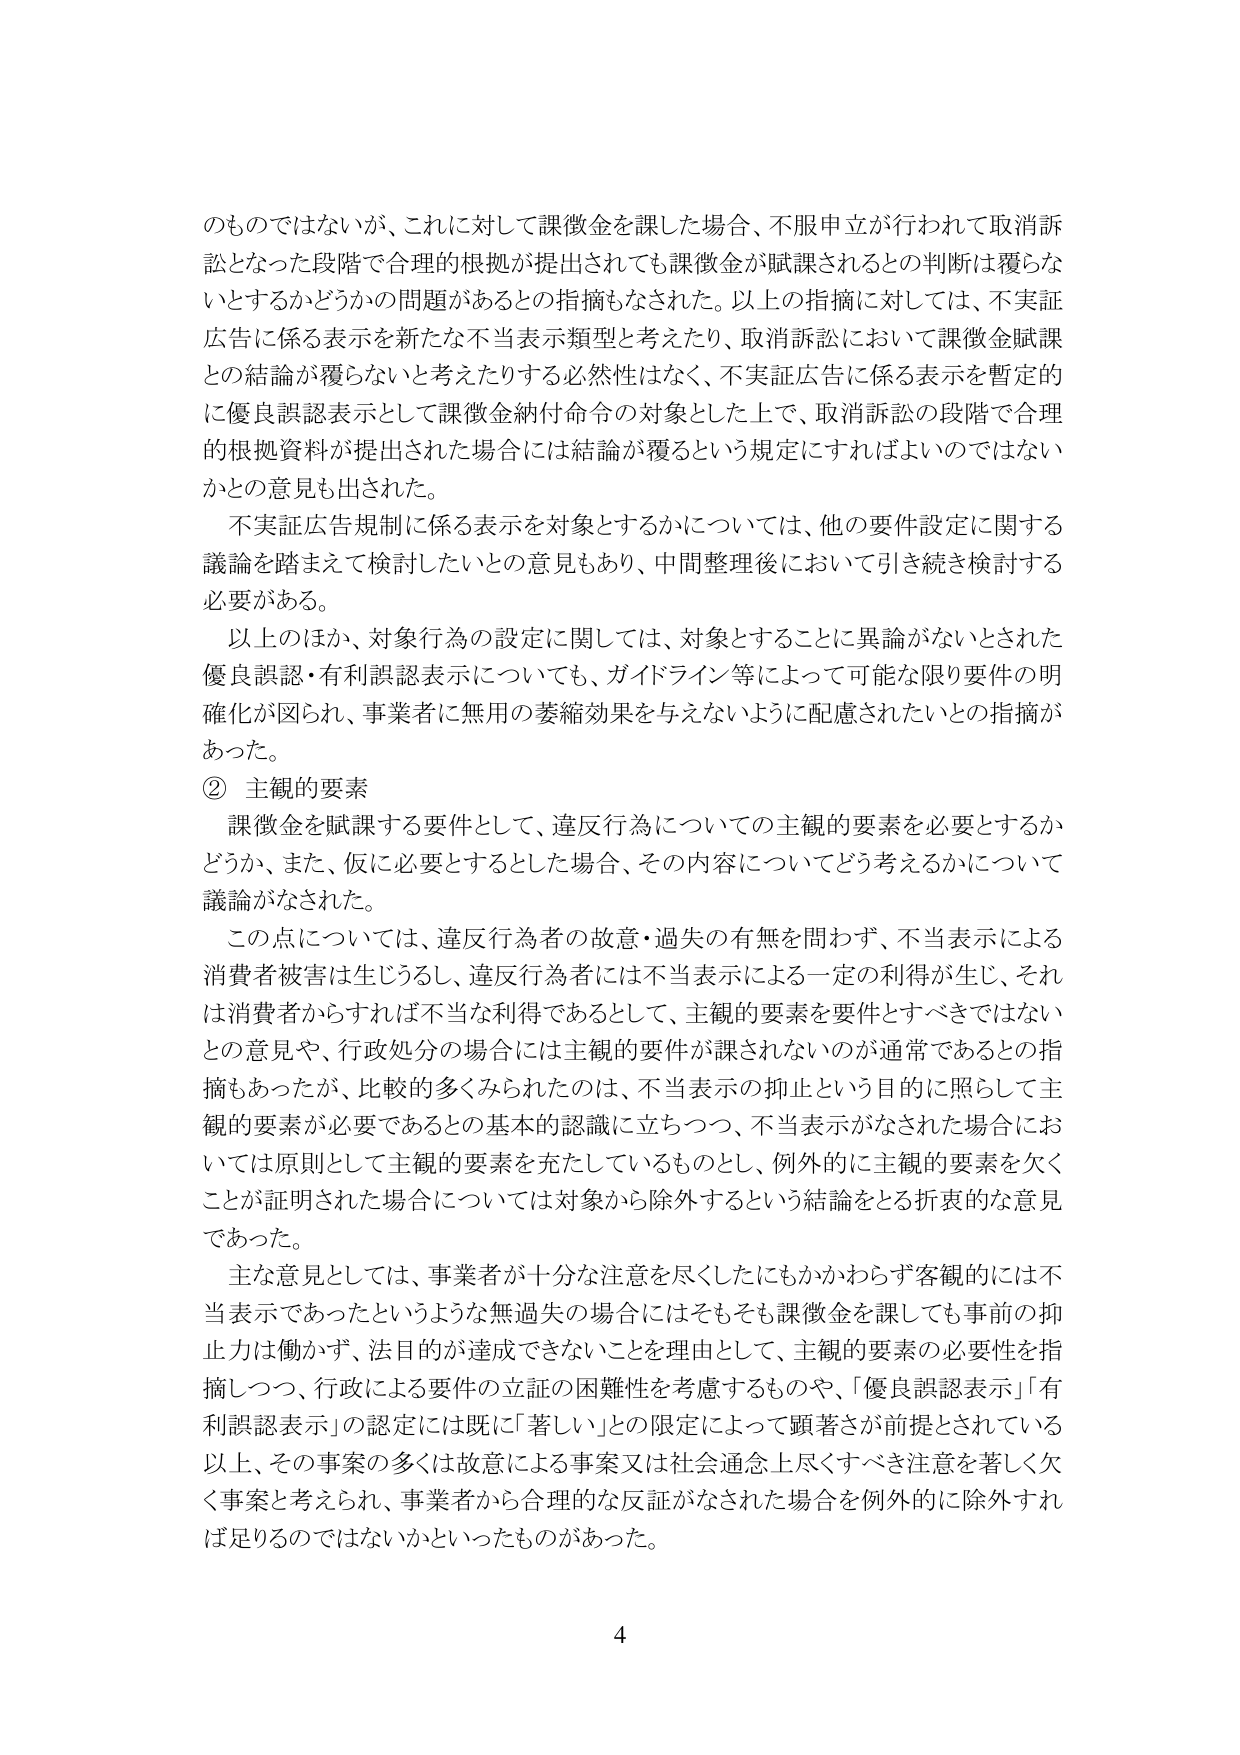
のものではないが、これに対して課徴金を課した場合、不服申立が行われて取消訴
訟となった段階で合理的根拠が提出されても課徴金が賦課されるとの判断は覆らな
いとするかどうかの問題があるとの指摘もなされた。以上の指摘に対しては、不実証
広告に係る表示を新たな不当表示類型と考えたり、取消訴訟において課徴金賦課
との結論が覆らないと考えたりする必然性はなく、不実証広告に係る表示を暫定的
に優良誤認表示として課徴金納付命令の対象とした上で、取消訴訟の段階で合理
的根拠資料が提出された場合には結論が覆るという規定にすればよいのではない
かとの意見も出された。
　不実証広告規制に係る表示を対象とするかについては、他の要件設定に関する
議論を踏まえて検討したいとの意見もあり、中間整理後において引き続き検討する
必要がある。
　以上のほか、対象行為の設定に関しては、対象とすることに異論がないとされた
優良誤認・有利誤認表示についても、ガイドライン等によって可能な限り要件の明
確化が図られ、事業者に無用の萎縮効果を与えないように配慮されたいとの指摘が
あった。
② 主観的要素
　課徴金を賦課する要件として、違反行為についての主観的要素を必要とするか
どうか、また、仮に必要とするとした場合、その内容についてどう考えるかについて
議論がなされた。
　この点については、違反行為者の故意・過失の有無を問わず、不当表示による
消費者被害は生じうるし、違反行為者には不当表示による一定の利得が生じ、それ
は消費者からすれば不当な利得であるとして、主観的要素を要件とすべきではない
との意見や、行政処分の場合には主観的要件が課されないのが通常であるとの指
摘もあったが、比較的多くみられたのは、不当表示の抑止という目的に照らして主
観的要素が必要であるとの基本的認識に立ちつつ、不当表示がなされた場合にお
いては原則として主観的要素を充たしているものとし、例外的に主観的要素を欠く
ことが証明された場合については対象から除外するという結論をとる折衷的な意見
であった。
　主な意見としては、事業者が十分な注意を尽くしたにもかかわらず客観的には不
当表示であったというような無過失の場合にはそもそも課徴金を課しても事前の抑
止力は働かず、法目的が達成できないことを理由として、主観的要素の必要性を指
摘しつつ、行政による要件の立証の困難性を考慮するものや、「優良誤認表示」「有
利誤認表示」の認定には既に「著しい」との限定によって顕著さが前提とされている
以上、その事案の多くは故意による事案又は社会通念上尽くすべき注意を著しく欠
く事案と考えられ、事業者から合理的な反証がなされた場合を例外的に除外すれ
ば足りるのではないかといったものがあった。
4